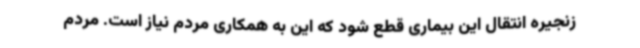
زنجیره انتقال این بیماری قطع شود که این به همکاری مردم نیاز است. مردم